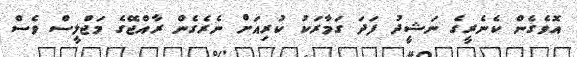
އޮވެގެން ކެނެރީގެ ނަޝީދު ފަދަ ގަމާރަކު ކުރިއަށް ނެރެގެން ރާއްޖޭގެ މަޖްލީސް ވެސް